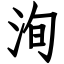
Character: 洵